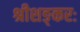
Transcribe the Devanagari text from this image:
श्रीशङ्करः